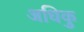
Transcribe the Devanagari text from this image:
अधिकु